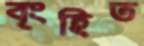
বৃংহিত